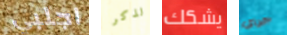
اجلبي لذكر يشكك جراي